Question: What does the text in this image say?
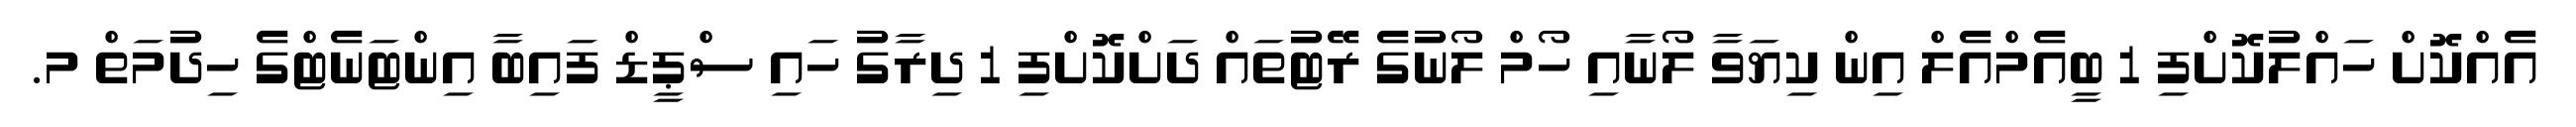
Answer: އެއްކޮށް ހައްލުކޮށްފި 1 ބީއެމްއެލް އިން ކިޔަވާ ލޯނާއި ހޯމް ލޯނުގެ ރޭޓުތައް ދަށްކޮށްފި 1 ދިރާގު ހައި ސްޕީޑް ފައިބާ އިންޓަނެޓްގެ ހިދުމަތް މ.